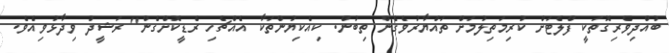
ބުއްދިވެރިގޮތަކީ ފްލެޓަށް ކުރިމަތިލުމަށް ތައްޔާރުވެގެން ތިބުން. ކިއެކިޔުންތަކާ އެއްޗެހި ރެޑީކޮށްގެން" ރަޝީދު ވިދާޅުވިއެވެ.